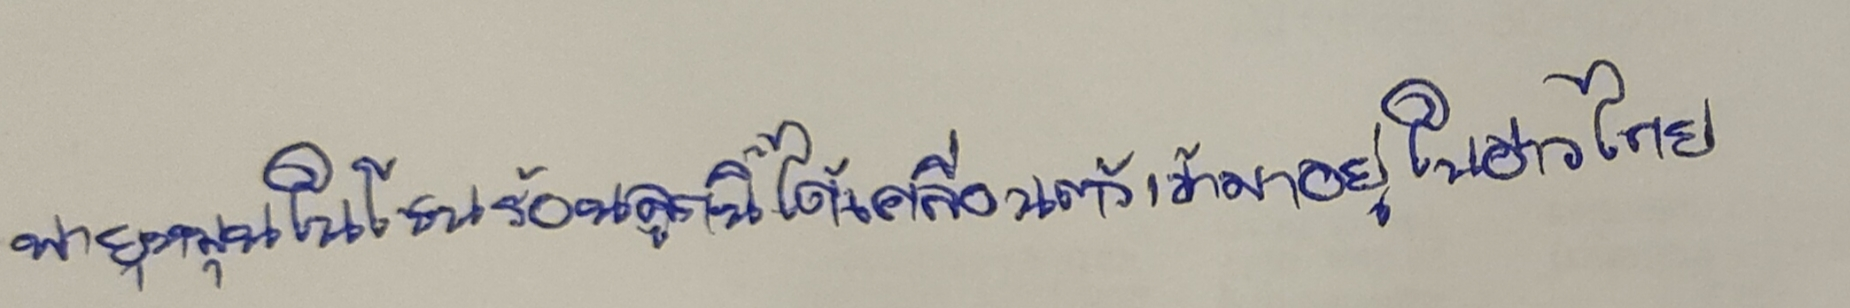
พายุหมุนในโซนร้อนลูกนี้ได้เคลื่อนตัวเข้ามาอยู่ในอ่าวไทย